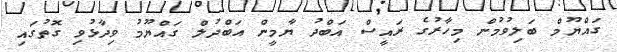
ގައްޔޫމް ބަލިވުމުން މިިހާރުގެ ރައީސް އަބްދު ޔާމީން އަބްދުލް ގައްޔޫމު ވިދާޅުވި ގޮތުގައި